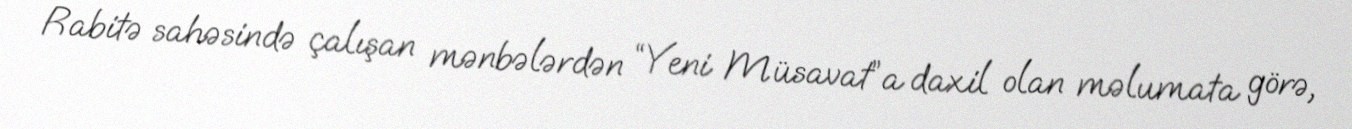
Rabitə sahəsində çalışan mənbələrdən “Yeni Müsavat”a daxil olan məlumata görə,